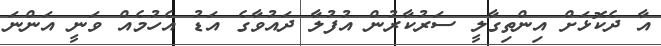
އާ ދެކޮޅަށް އިންތިގާލީ ސަރުކާރުން އުފުލާ ދައުވާގެ އަޑު އެހުމެއް ވަނީ އަންނަ